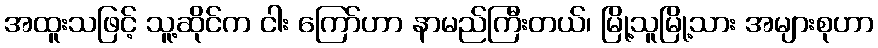
အထူးသဖြင့် သူ့ဆိုင်က ငါး ကြော်ဟာ နာမည်ကြီးတယ်၊ မြို့သူမြို့သား အများစုဟာ